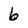
Character: 6